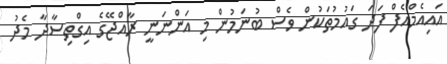
އައިއެމްއެފް ފަދަ ގައުމުތަކުން ވެސް ބުނަމުން މި އަންނަނީ ރާއްޖޭގެ އިގްތިސާދާ މެދު